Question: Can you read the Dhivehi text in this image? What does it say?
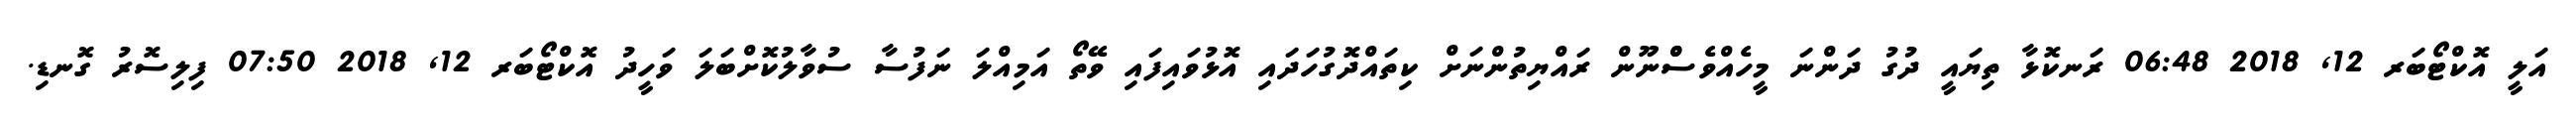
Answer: އަލީ އޮކްޓޯބަރ 12, 2018 06:48 ރަނކޮޅާ ތިޔައީ ދުގު ދަންނަ މީހެއްވެސްްނޫން ރައްޔިތުންނަށް ކިތައްދޮގުހަދައި އޮޅުވައިފައި ވޭތޯ އަމިއްލަ ނަފުސާ ސުވާލުކޮށްބަލަ ވަހީދު އޮކްޓޯބަރ 12, 2018 07:50 ފިލިސޮރު ގޮނޑި.